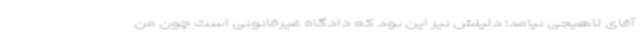
آقای لاهیجی نیامد؛ دلیلش نیز این بود که دادگاه غیرقانونی است چون من